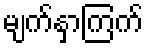
မျက်နှာကြက်